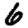
Digit: 6